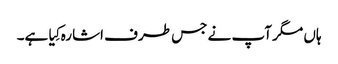
ہاں مگر آپ نے جس طرف اشارہ کِیا ہے۔